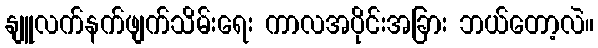
နျူလက်နက်ဖျက်သိမ်းရေး ကာလအပိုင်းအခြား ဘယ်တော့လဲ။